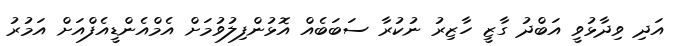
އަދި ވިދާޅުވީ އަބްދު ގާޒީ ހާޒިރު ނުކުރާ ސަބަބެއް އޮޅުންފިލުވުމަށް އެމްއެންޑީއެފްއަށް އަމުރު